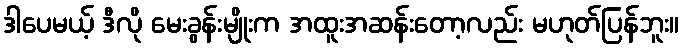
ဒါပေမယ့် ဒီလို မေးခွန်းမျိုးက အထူးအဆန်းတော့လည်း မဟုတ်ပြန်ဘူး။